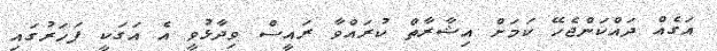
އަގެއް ދައްކަންޖެހޭ ކަމަށް އިޝާރާތް ކުރައްވާ ރައީސް ވިދާޅުވީ އެ އަގަކީ ފަހަރުގައި